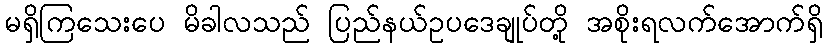
မရှိကြသေးပေ မိခါလသည် ပြည်နယ်ဥပဒေချုပ်တို့ အစိုးရလက်အောက်ရှိ